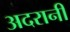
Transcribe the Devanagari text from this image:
अदरानी